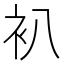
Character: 𧘋